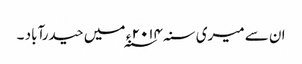
ان سے میری سنہ ۲۰۱۴ ء ؁ میں حیدرآباد ۔